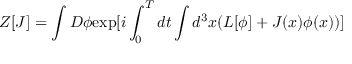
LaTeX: Z [ J ] = \int D \phi \mathrm { e x p } [ i \int _ { 0 } ^ { \cal T } d t \int d ^ { 3 } x ( { \cal L } [ \phi ] + J ( x ) \phi ( x ) ) ]